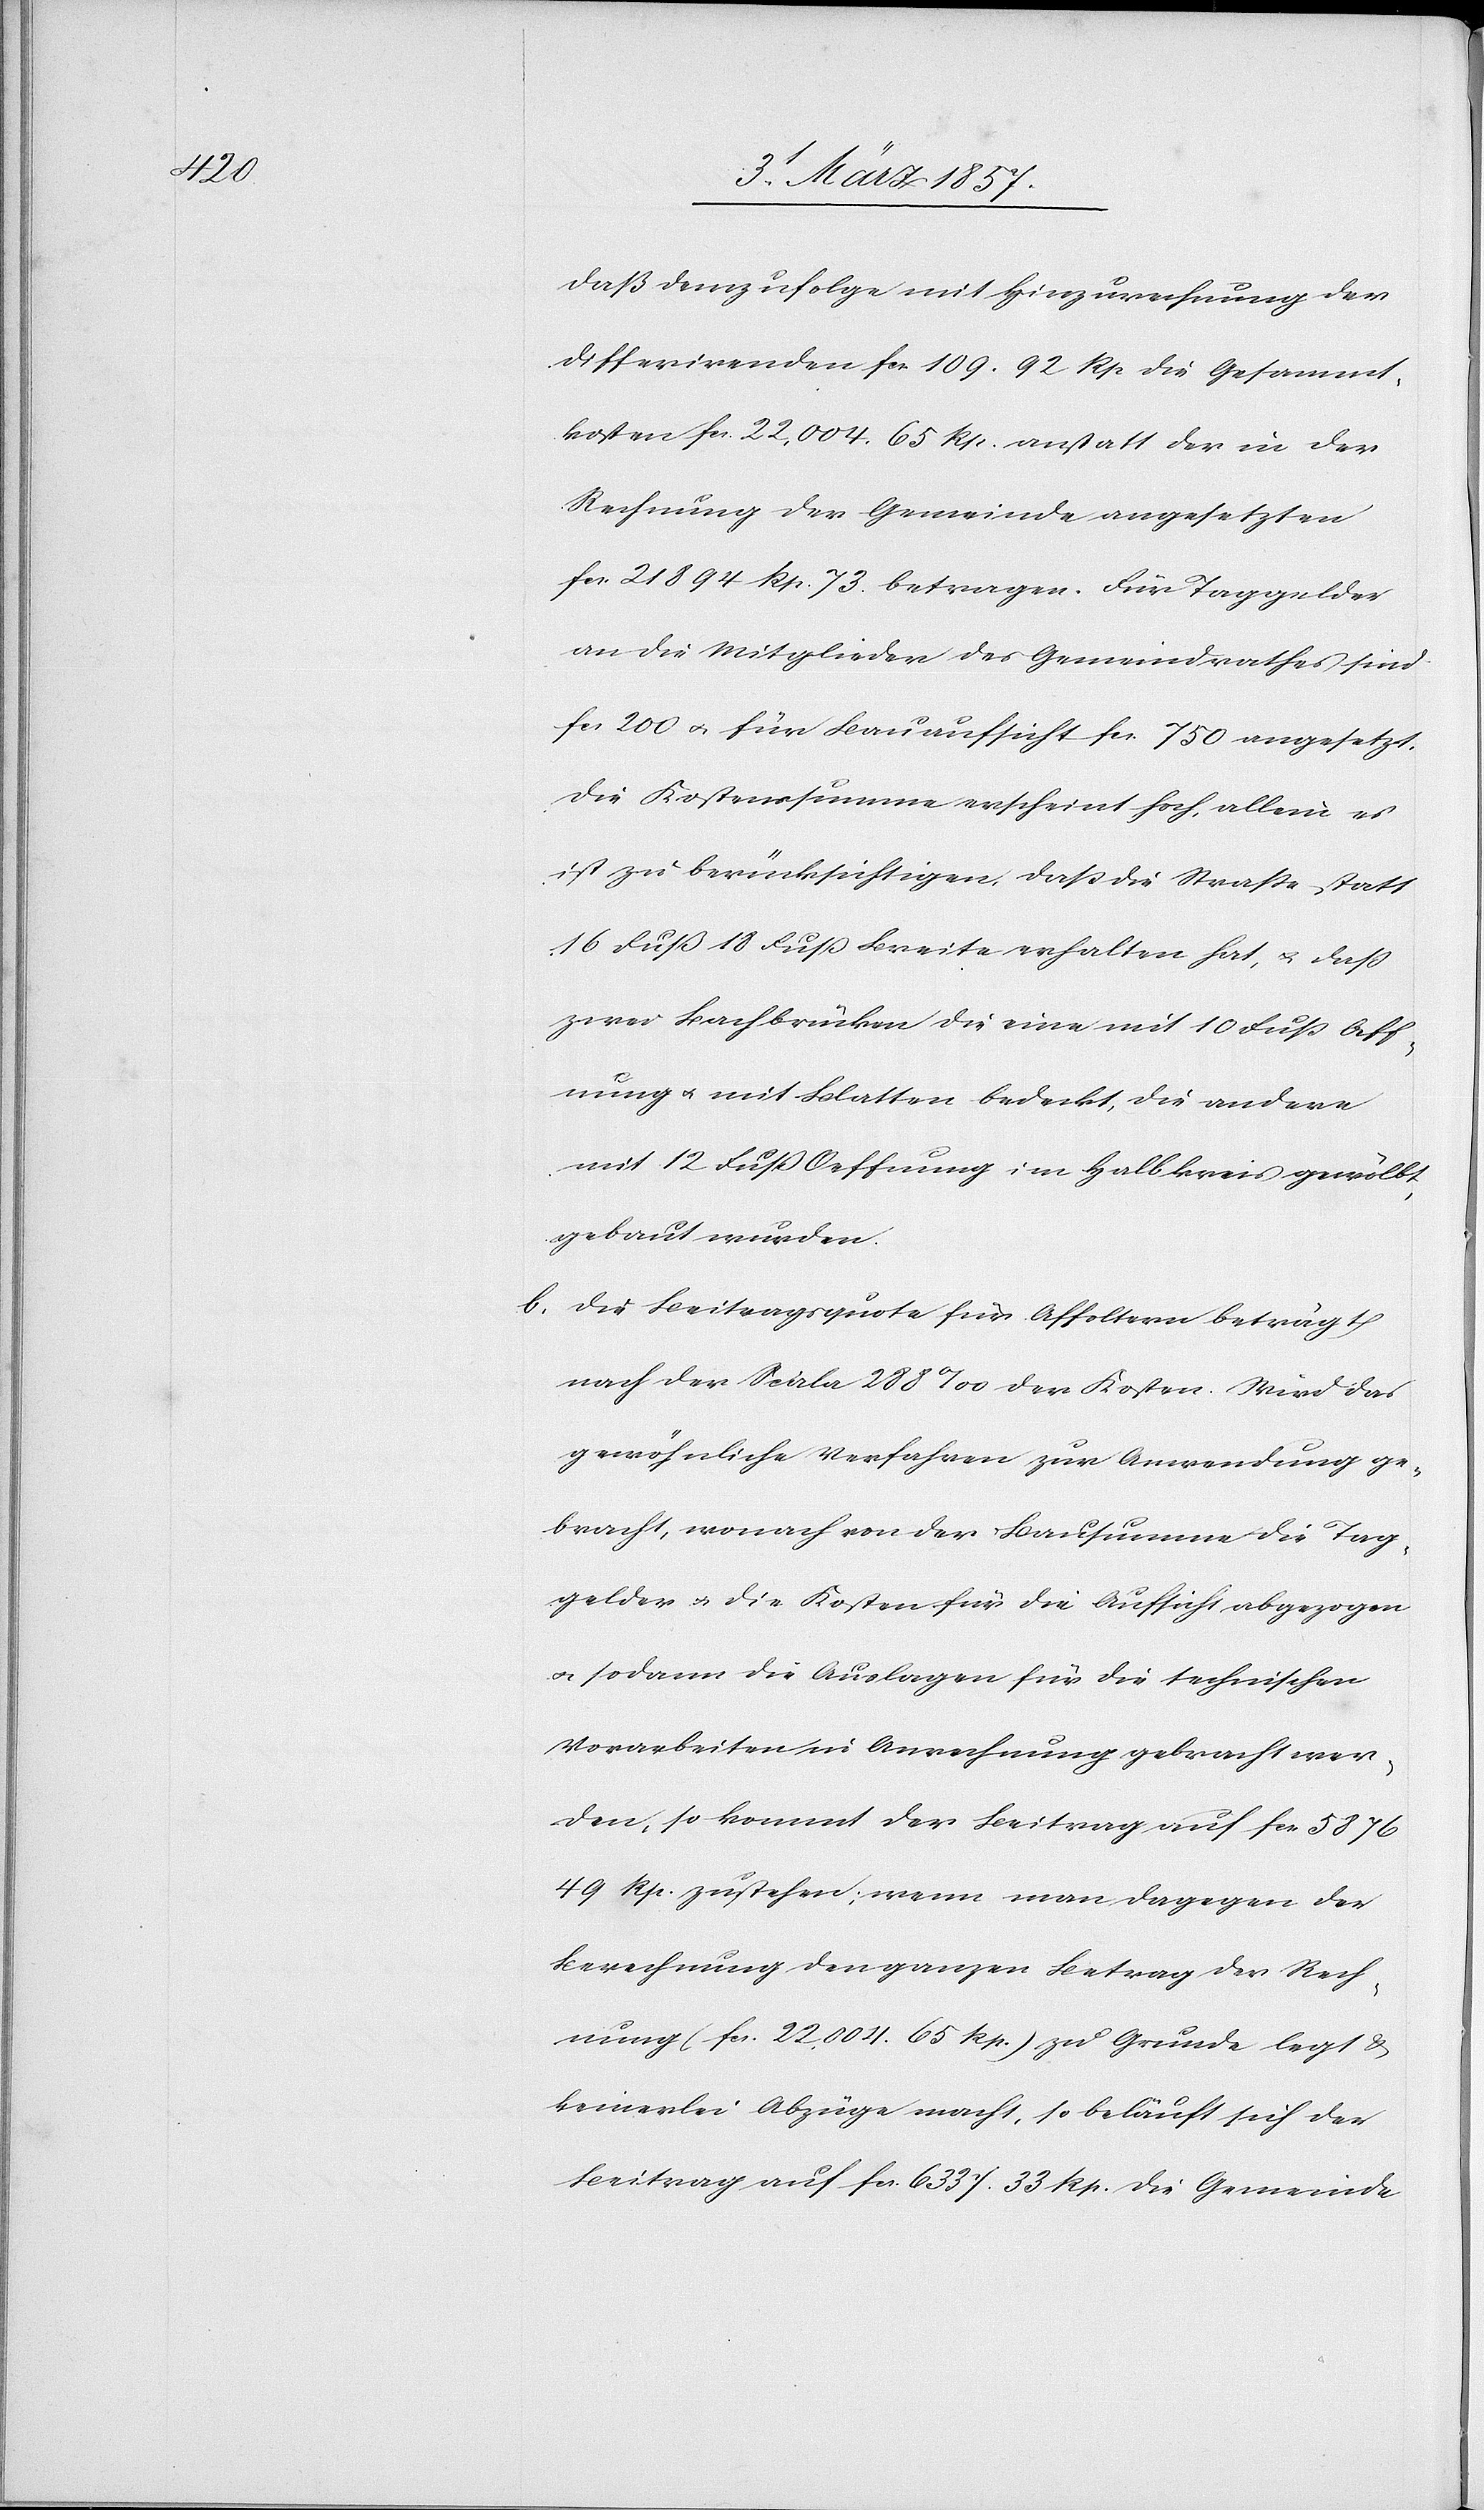
daß demzufolge mit Hinzurechnung der
differirenden fr. 109. 92 Rp die Gesammt¬
kosten fr. 22,004. 65 Rp. anstatt der in der
Rechnung der Gemeinde angesetzten
fr. 21 894 Rp. 73. betragen. Für Taggelder
an die Mitglieder des Gemeindrathes sind
fr 200 u. für Bauaufsicht fr. 750 angesetzt.
Die Kostenssumme erscheint hoch, allein es
ist zu berücksichtigen, daß die Straße statt
16 Fuß 18 Fuß Breite erhalten hat, u. daß
zwei Bachbrücken die eine mit 10 Fuß Oeff¬
nung u. mit Blatten bedeckt, die andere
mit 12 Fuß Oeffnung im Halbkreis gewölbt,
gebaut wurden.
b. Die Beitragsquote für Affoltern beträgt
nach der Scala 288 ‰ der Kosten. Wird das
gewöhnliche Verfahren zur Anwendung ge¬
bracht, wonach von der Bausumme die Tag¬
gelder u. die Kosten für die Aufsicht abgezogen
u. sodann die Auslagen für die technischen
Vorarbeiten in Anrechnung gebracht wer¬
den, so kommt der Beitrag auf fr. 5876
49 Rp. zu stehen; wenn man dagegen der
Berechnung den ganzen Betrag der Rech¬
nung (fr. 22,004. 65 Rp.) zu Grunde legt &
keinerlei Abzüge macht, so beläuft sich der
Beitrag auf fr. 6337. 33 Rp. Die Gemeinde